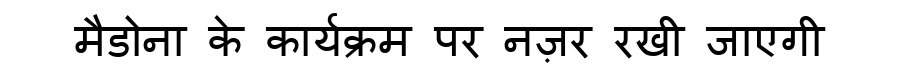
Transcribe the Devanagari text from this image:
मैडोना के कार्यक्रम पर नज़र रखी जाएगी